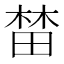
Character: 榃